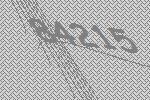
84215